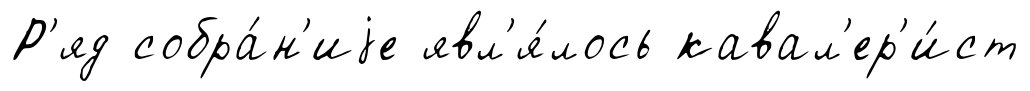
Р'яд собра́н'иjе явл'я́лось кавал'ер'и́ст